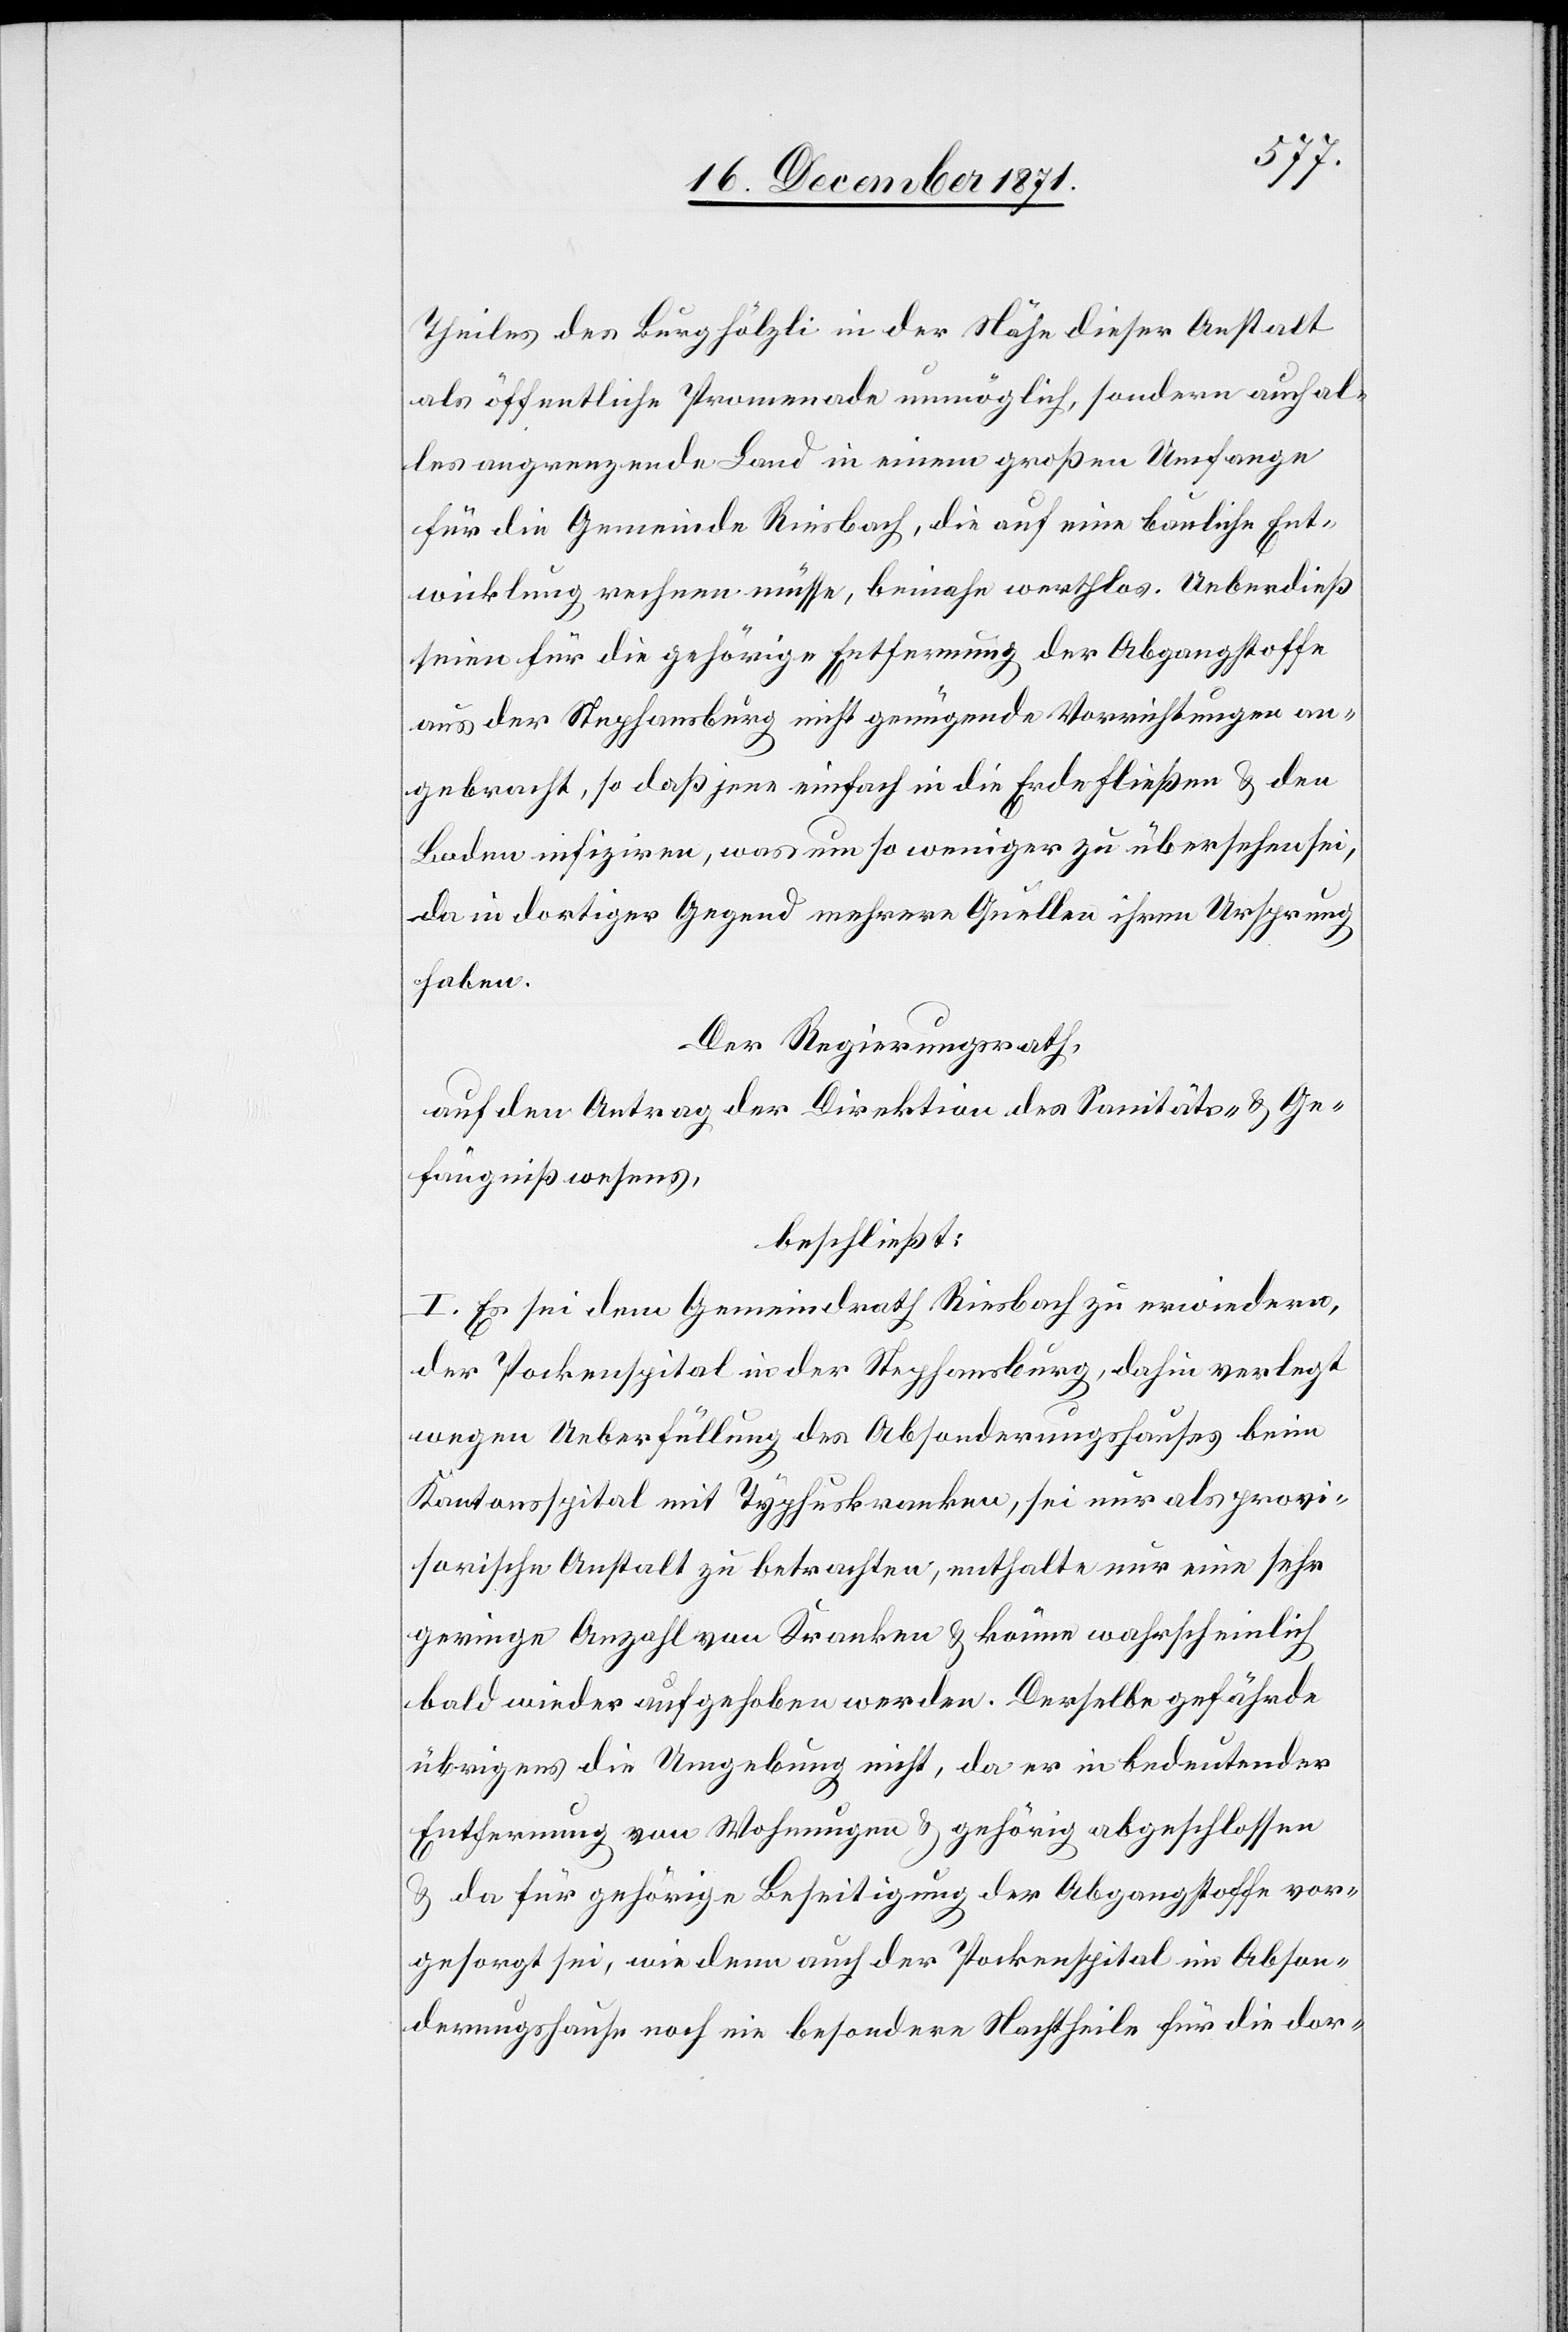
Theiles des Burghölzli in der Nähe dieser Anstalt
als öffentliche Promenade unmöglich, sondern auch al¬
les angrenzende Land in einem großen Umfange
für die Gemeinde Riesbach, die auf eine bauliche Ent¬
wicklung rechnen müsse, beinahe werthlos. Ueberdieß
seien für die gehörige Entfernung der Abgangstoffe
aus der Stephansburg nicht genügende Vorrichtungen an¬
gebracht, so daß jene einfach in die Erde fließen & den
Boden infiziren, was um so weniger zu übersehen sei,
da in dortiger Gegend mehrere Quellen ihren Ursprung
haben.
Der Regierungsrath,
auf den Antrag der Direktion des Sanitäts- & Ge¬
fängnißwesens,
beschließt:
I. Es sei dem Gemeindrath Riesbach zu erwiedern,
der Pockenspital in der Stephansburg, dahin verlegt
wegen Ueberfüllung des Absonderungshauses beim
Kantonsspital mit Typhuskranken, sei nur als provi¬
sorische Anstalt zu betrachten, enthalte nur eine sehr
geringe Anzahl von Kranken & könne wahrscheinlich
bald wieder aufgehoben werden. Derselbe gefährde
übrigens die Umgebung nicht, da er in bedeutender
Entfernung von Wohnungen & gehörig abgeschlossen
& da für gehörige Beseitigung der Abgangsstoffe vor¬
gesorgt sei, wie denn auch der Pockenspital im Abson¬
derungshause noch nie besondere Nachtheile für die dor-